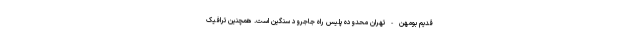
قدیم بومهن - تهران محدوده پلیس راه جاجرود سنگین است. همچنین ترافیک